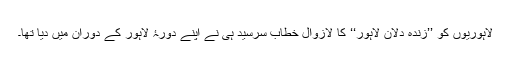
لاہوریوں کو ’’زندہ دلانِ لاہور‘‘ کا لازوال خطاب سرسیدؒ ہی نے اپنے دورۂ لاہور کے دوران میں دیا تھا۔